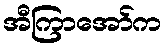
အီကြာအော်က